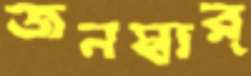
জনস্বার্